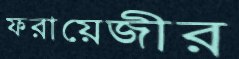
ফরায়েজীর